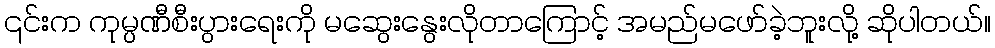
၎င်းက ကုမ္ပဏီစီးပွားရေးကို မဆွေးနွေးလိုတာကြောင့် အမည်မဖော်ခဲ့ဘူးလို့ ဆိုပါတယ်။